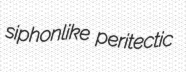
siphonlike peritectic